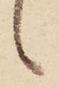
候